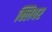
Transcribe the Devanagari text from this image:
क्लिवर